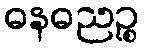
ဓနဓညဉ္စ